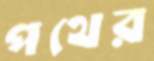
পথের